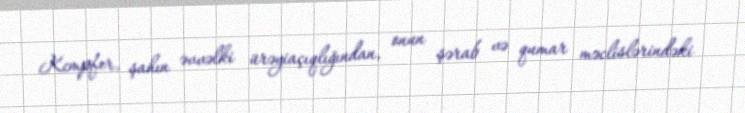
Kempfer, şahın əvvəlki ürəyiaçıqlığından, onun şərab və qumar məclislərindəki